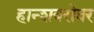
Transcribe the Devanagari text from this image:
हान्शबरोबर